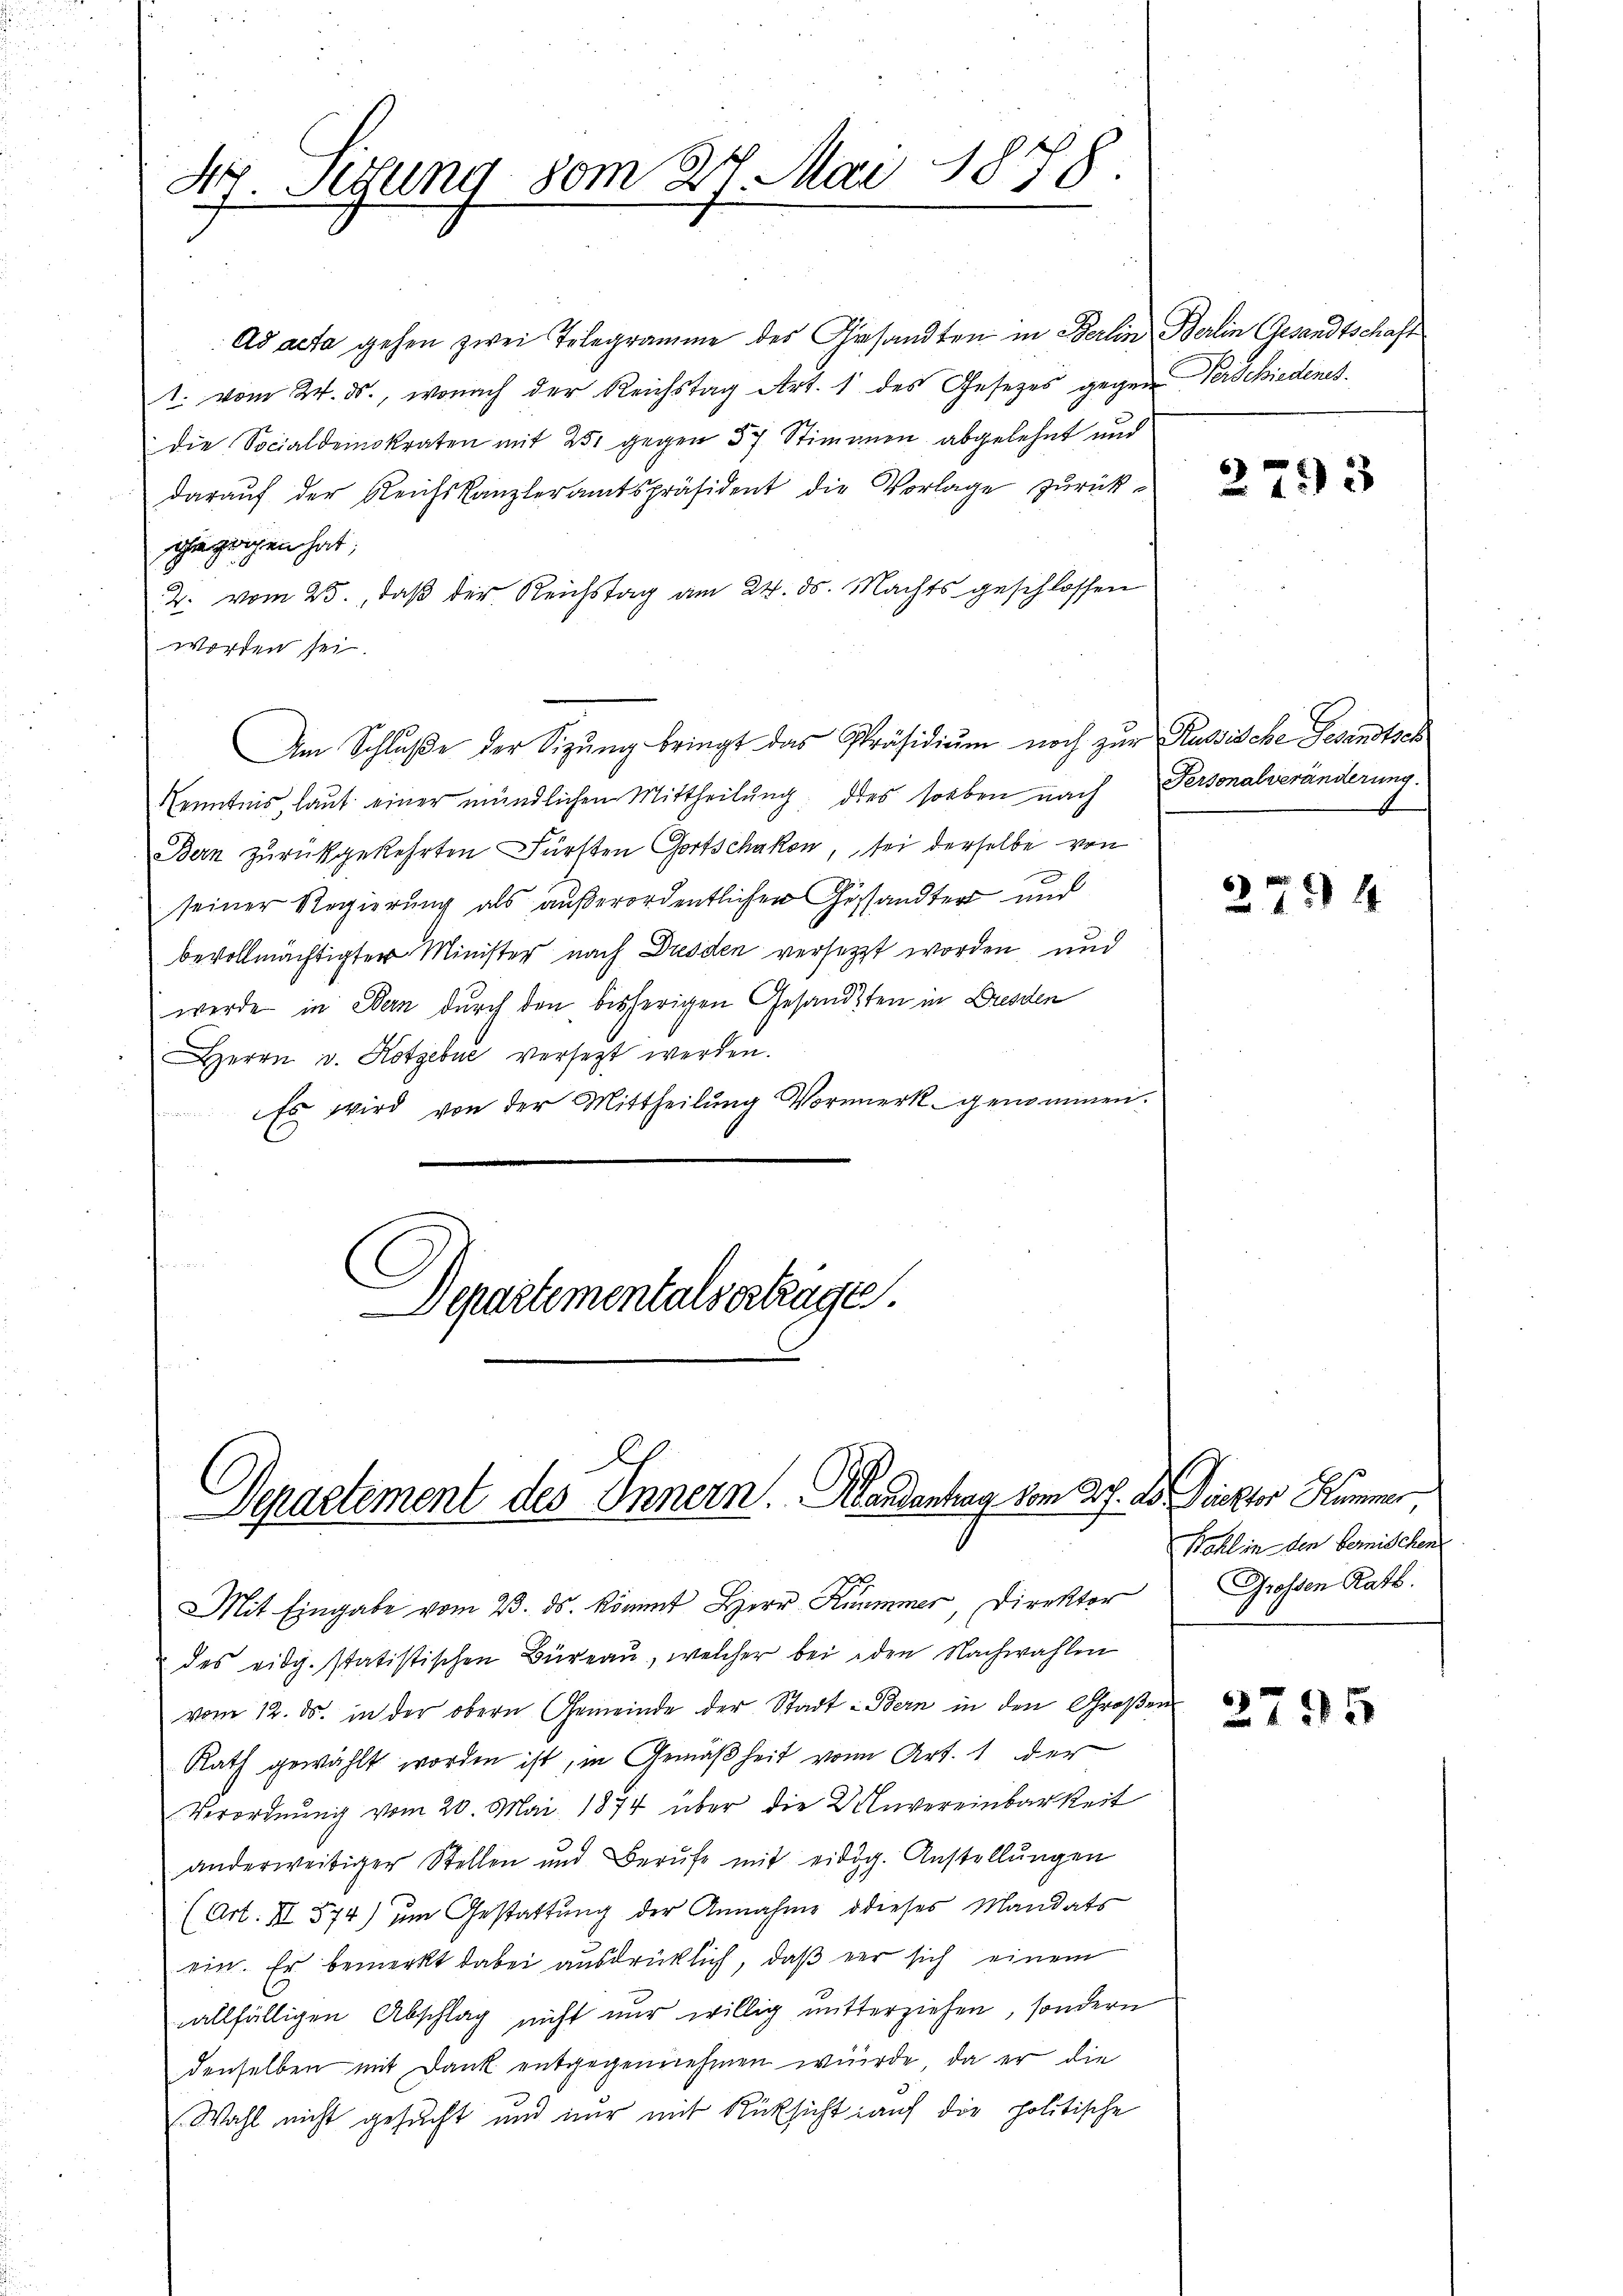
der Situng vom 21. Mai 1878.

Ad acta gehen zwei Telegramme des Gesandten in Berlin Berlin Gesandtschaft
1. vom 24. ds., wonach der Reichstag Art. 1 des Gesetzes gegen Verschiedenes
die Socialdemokraten mit 251 gegen 37 Stimmen abgelehnt und
darauf der Reichskanzleramtspräsident die Vorlage zurückgezogen hat,
2. vom 25., daß der Reichstag am 24. ds. Machts geschlossen
worden sei.
Kenntnis, laut einer mündlichen Mittheilung dies soeben nach Personalveränderung.
Bern zurückgekehrten Fürsten Gortschakon, sei derselbe von
seiner Regierung als außerordentlichen Gesandter und
bevollmächtigter Minister nach Dresden versetzt worden und
werde in Bern durch den bisherigen Gesandten in Dresden
Herrn v. Kotzebue versezt werden.
Es wird von der Mittheilung Vormerk genommen.
Departementalverträge.

Am Schluße der Sitzŭng bringt das Präsidiŭm noch zur Russische Gesindtsch

Derartement des Innern. Mandantrag vom 3. D. Direktor Kummer

vom 12. ds. in der obern Gemeinde der Stadt- Bern in den Großen
Rath gewählt worden ist, in Gemäßheit von Art. 1 der
Verordnung vom 20. Mai 1874 über die Unvereinbarkeit
anderweitiger Stellen und Berŭfe mit eidg. Anstellŭngen
(Art. III 574) um Gestattung der Annahme dieses Mandats
ein. Er bemerkt dabei ausdrücklich, daß er sich einem
allfälligen Abschlag nicht nur willig unterziehen, sondern
denselben mit Dank entgegennehmen würde, da er die
Wahl nicht gesucht und nur mit Rücksicht auf die politische

Mit Eingabe vom 23. ds. kömmt Herr Kummer, Direktor
& des eidg. statistischen Büreau, welcher bei den Nachwahlen

2793

274

Wahl in den bernischen
Grossen Rath.

2795